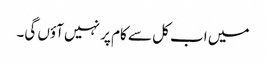
میں اب کل سے کام پر نہیں آؤں گی۔